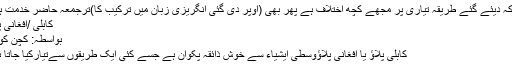
گو کہ دیئے گئے طریقہِ تیاری پر مُجھے کُچھ اختلاف ہے پھر بھی (اُوپر دی گئی انگریزی زبان میں ترکیب کا)ترجمعہ حاضرِ خِدمت ہے:
کابلی /افغانی پلاؤ
بواسطہ: کِچن کوئین
کابلی پلاؤ یا افغانی پلاؤوسطی ایشیاء سے خوش ذائقہ پکوان ہے جِسے کئی ایک طریقوں سےتیارکیا جاتا ہے۔